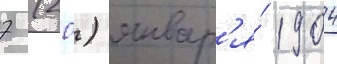
7 (20) январ'я́ 1904